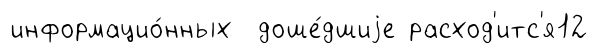
информацио́нных доше́дшиjе расход'итс'я12